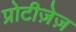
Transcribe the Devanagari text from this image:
प्रोटीज़ेज़